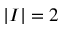
\left| I \right| = 2